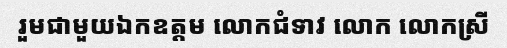
រួមជាមួយឯកឧត្តម លោកជំទាវ លោក លោកស្រី